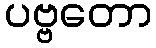
ပဗ္ဗတော